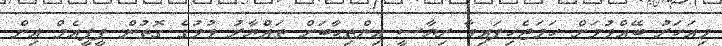
މިއަހަރު ބޭއްވުމަށް ހަމަޖެހިފައިވާ ރިޔާސީ އިންތިޙާބަށް ތައްޔާރު ވުމުގެ ގޮތުން ޕީޕީއެމް އިން